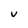
Character: U